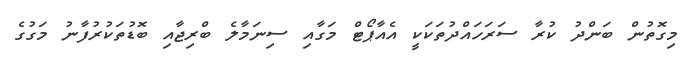
މިގޮތުން ބަންދު ކުރާ ސަރަހައްދުތަކަކީ އެއާޕޯޓް މަގާއި ސިނަމާލެ ބްރިޖާއި ބޮޑުތަކުރުފާނު މަގުގެ